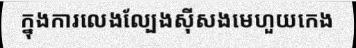
ក្នុងការលេងល្បែងស៊ីសងមេហួយកេង